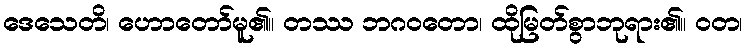
ဒေသေတိ၊ ဟောတော်မူ၏။ တဿ ဘဂဝတော၊ ထိုမြတ်စွာဘုရား၏။ ဝတ၊